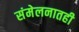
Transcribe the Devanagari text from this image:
संमेलनातही